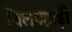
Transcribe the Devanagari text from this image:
चिलपहाड़ी